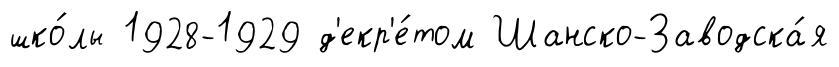
шко́лы 1928-1929 д'екр'е́том Шанско-Заводска́я